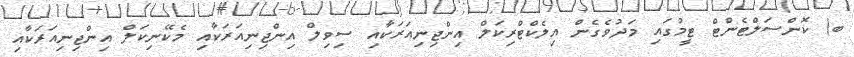
ބ) ކޮންސަލްޓެންޓް ޓީމުގައި މަދުވެގެން އިލެކްޓްރިކަލް އިންޖިނިއަރަކާއި ސިވިލް އިންޖިނިއަރަކާއި މެކޭނިކަލް އިންޖިނިއަރަކާއި